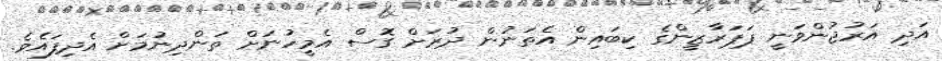
އަދި އަރުޖުންވަނީ ޕަޕަރާޒީންގެ ކިބައިން އެތަނުން ދުރަށް ގޮސް އެމީހުނަށް ތަންދިނުމަށް އެދިފައެވެ.